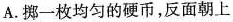
A.挪一枚均匀的硬币，反面朝上